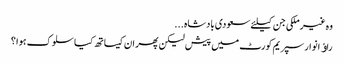
وہ غیرملکی جن کیلئے سعودی بادشاہ...
راﺅ انوار سپریم کورٹ میں پیش لیکن پھر ان کیساتھ کیا سلوک ہوا ؟